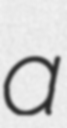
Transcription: a